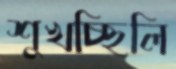
শুখচ্ছিলি